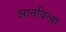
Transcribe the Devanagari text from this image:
आनयित्वा